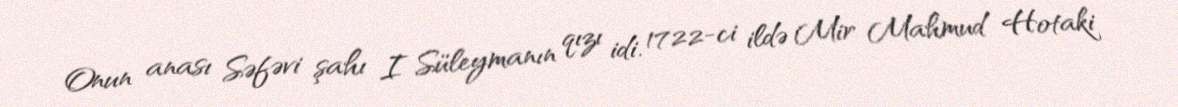
Onun anası Səfəvi şahı I Süleymanın qızı idi. 1722-ci ildə Mir Mahmud Hotaki